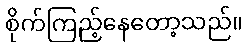
စိုက်ကြည့်နေတော့သည်။